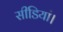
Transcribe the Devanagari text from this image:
सीडियां।